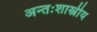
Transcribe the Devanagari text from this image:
अन्तःशास्त्रीय